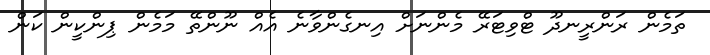
ތަމެން ރަންރީނދޫ ޓްވިޓަރޭ މެންނަށް އިނގެންވާނެ އެއް ނޫންތޭ މަމެން ޕިންކީން ކަން